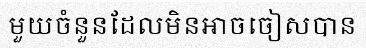
មួយចំនួនដែលមិនអាចចៀសបាន